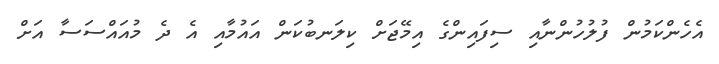
އެހެންކަމުން ފުލުހުންނާއި ސިފައިންގެ އިމޭޖަށް ކިލަނބުކަން އައުމާއި އެ ދެ މުއައްސަސާ އަށް